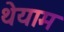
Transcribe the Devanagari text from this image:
थेयाम